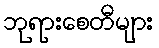
ဘုရားစေတီများ